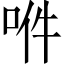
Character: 𠲟